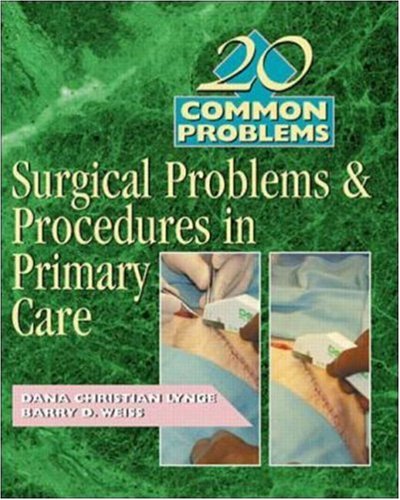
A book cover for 20 Common Problems: Surgical Problems And Procedures In Primary Care; Dana Christian Lynge; Medical Books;